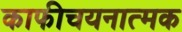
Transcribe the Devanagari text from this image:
काफीचयनात्मक